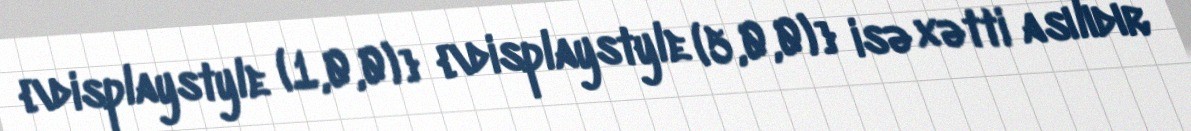
{\displaystyle (1,0,0)} {\displaystyle (5,0,0)} isə xətti asılıdır